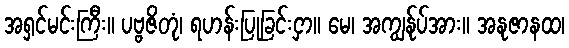
အရှင်မင်းကြီး။ ပဗ္ဗဇိတုံ၊ ရဟန်းပြုခြင်းငှာ။ မေ၊ အကျွန်ုပ်အား။ အနုဇာနထ၊